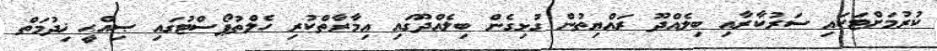
ކުރުމަށްޓަކައި ސަރުކާރާއި ބިލެއްދޫ ރައްޔިތުން ގުޅިގެން ބިލެއްދޫގައި ޢިމާރާތްކުރި ހެލްތުޕޯސްޓުގައި ޞިއްޙީ ޚިދުމަތް